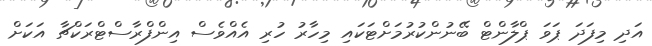
އަދި މިފަދަ ޕަވަ ޕްލާންޓް ބޭނުންކުރުމަށްޓަކައި މިހާރު ހުރި އެއްވެސް އިންފްރާސްޓްރަކްޗާ އަކަށް